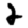
Digit: 2